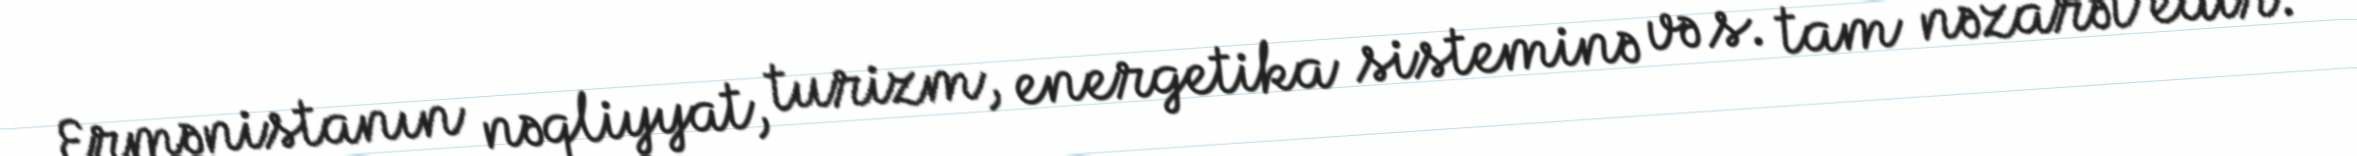
Ermənistanın nəqliyyat, turizm, energetika sisteminə və s. tam nəzarət edir.